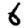
Digit: 6